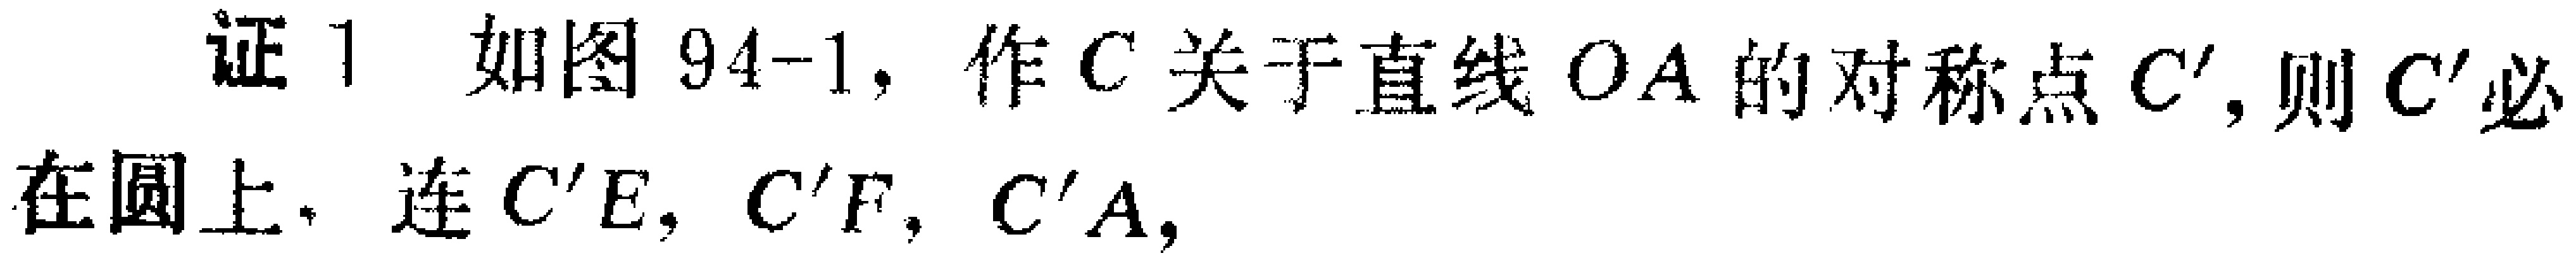
证 1 如图 94-1，作\(C\)关于直线\(OA\)的对称点\(C'\)，则\(C'\)必在圆上. 连\(C'E\)，\(C'F\)，\(C'A\)，